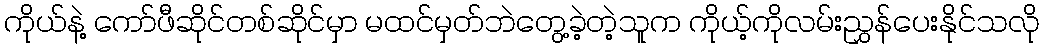
ကိုယ်နဲ့ ကော်ဖီဆိုင်တစ်ဆိုင်မှာ မထင်မှတ်ဘဲတွေ့ခဲ့တဲ့သူက ကိုယ့်ကိုလမ်းညွှန်ပေးနိုင်သလို